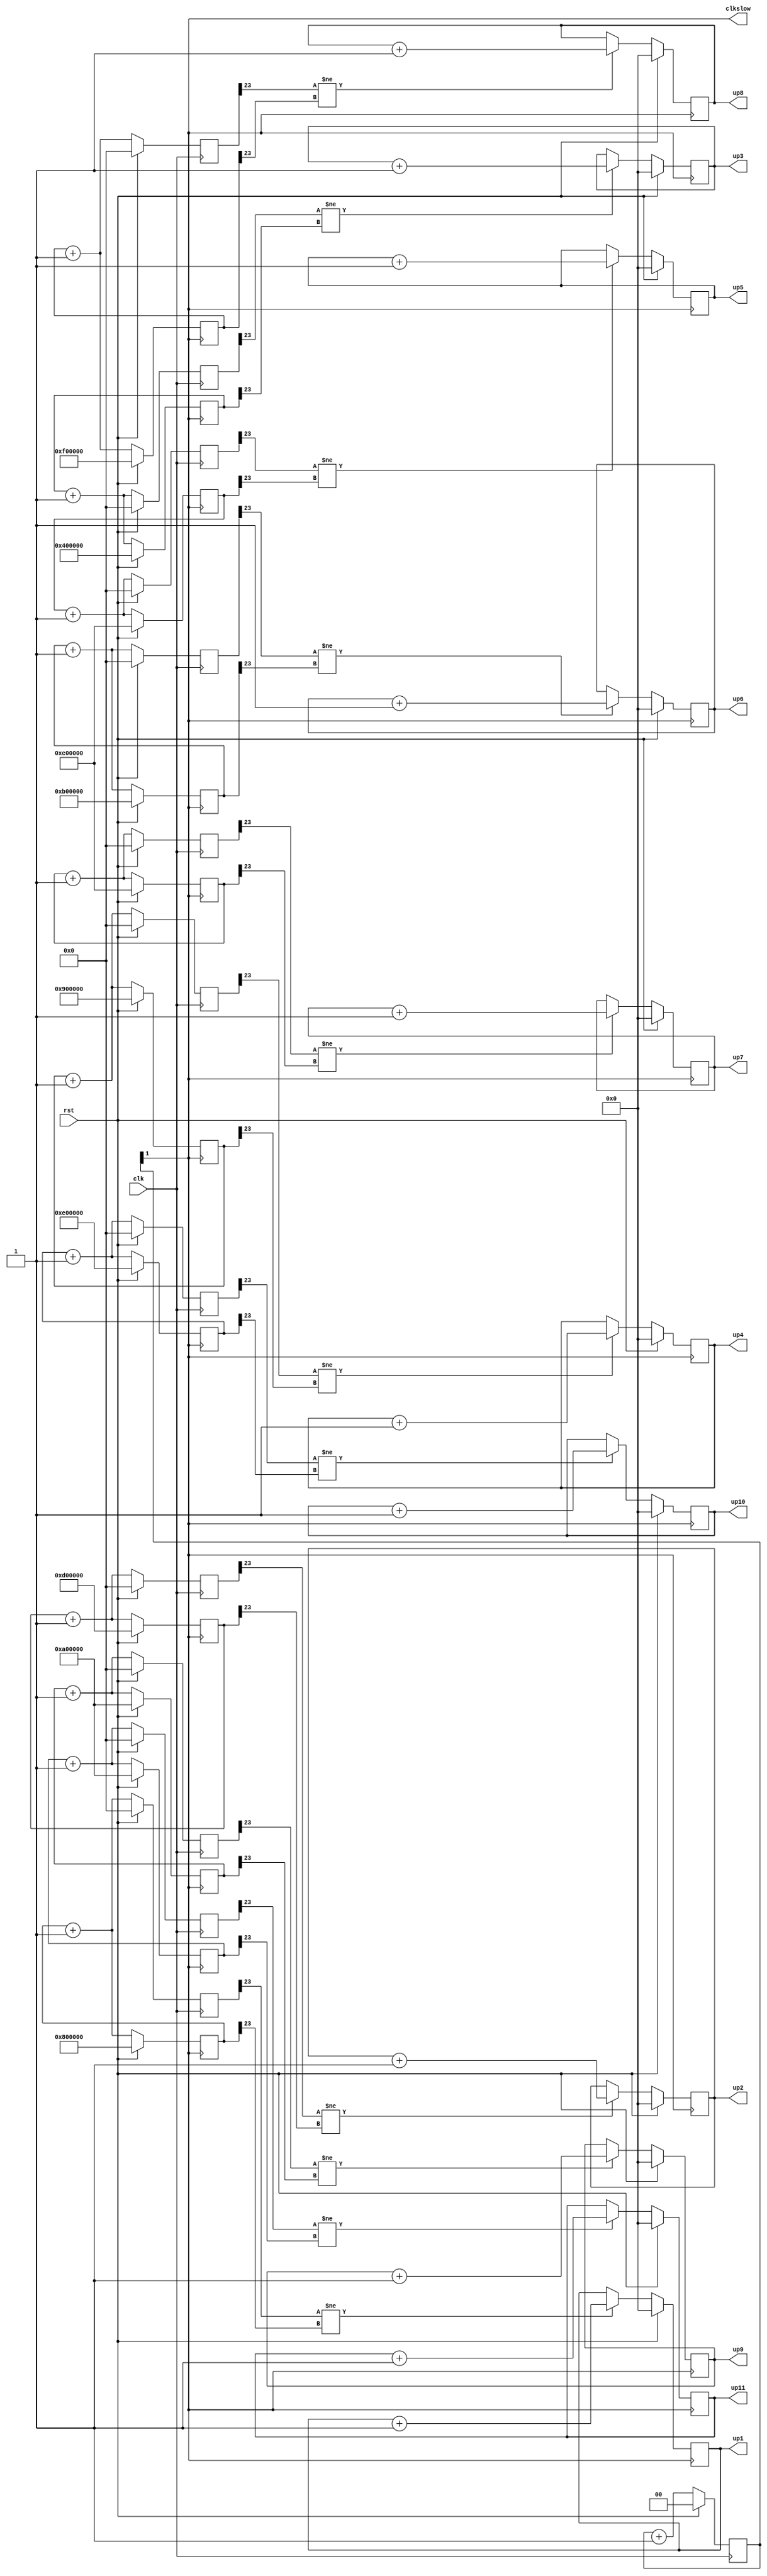
/*
   This file was generated automatically by the Mojo IDE version B1.3.6.
   Do not edit this file directly. Instead edit the original Lucid source.
   This is a temporary file and any changes made to it will be destroyed.
*/

module timer_easy_7 (
    input clk,
    input rst,
    output reg [6:0] up1,
    output reg [6:0] up2,
    output reg [6:0] up3,
    output reg [6:0] up4,
    output reg [6:0] up5,
    output reg [6:0] up6,
    output reg [6:0] up7,
    output reg [6:0] up8,
    output reg [6:0] up9,
    output reg [6:0] up10,
    output reg [6:0] up11,
    output reg clkslow
  );
  
  
  
  reg [1:0] M_slowclk_d, M_slowclk_q = 1'h0;
  
  reg [23:0] M_counter1_d, M_counter1_q = 24'h800000;
  
  reg [23:0] M_counter2_d, M_counter2_q = 24'hd00000;
  
  reg [23:0] M_counter3_d, M_counter3_q = 24'h400000;
  
  reg [23:0] M_counter4_d, M_counter4_q = 24'h900000;
  
  reg [23:0] M_counter5_d, M_counter5_q = 24'hc00000;
  
  reg [23:0] M_counter6_d, M_counter6_q = 24'hb00000;
  
  reg [23:0] M_counter7_d, M_counter7_q = 88'hc69d452e88c9cc98c00000;
  
  reg [23:0] M_counter8_d, M_counter8_q = 24'hf00000;
  
  reg [23:0] M_counter9_d, M_counter9_q = 24'ha00000;
  
  reg [23:0] M_counter10_d, M_counter10_q = 24'he00000;
  
  reg [23:0] M_counter11_d, M_counter11_q = 24'ha00000;
  
  reg [6:0] M_dff1_d, M_dff1_q = 6'h00;
  
  reg [6:0] M_dff2_d, M_dff2_q = 6'h00;
  
  reg [6:0] M_dff3_d, M_dff3_q = 6'h00;
  
  reg [6:0] M_dff4_d, M_dff4_q = 6'h00;
  
  reg [6:0] M_dff5_d, M_dff5_q = 6'h00;
  
  reg [6:0] M_dff6_d, M_dff6_q = 6'h00;
  
  reg [6:0] M_dff7_d, M_dff7_q = 6'h00;
  
  reg [6:0] M_dff8_d, M_dff8_q = 6'h00;
  
  reg [6:0] M_dff9_d, M_dff9_q = 6'h00;
  
  reg [6:0] M_dff10_d, M_dff10_q = 6'h00;
  
  reg [6:0] M_dff11_d, M_dff11_q = 6'h00;
  
  reg [23:0] M_holder1_d, M_holder1_q = 1'h0;
  
  reg [23:0] M_holder2_d, M_holder2_q = 1'h0;
  
  reg [23:0] M_holder3_d, M_holder3_q = 1'h0;
  
  reg [23:0] M_holder4_d, M_holder4_q = 1'h0;
  
  reg [23:0] M_holder5_d, M_holder5_q = 1'h0;
  
  reg [23:0] M_holder6_d, M_holder6_q = 1'h0;
  
  reg [23:0] M_holder7_d, M_holder7_q = 1'h0;
  
  reg [23:0] M_holder8_d, M_holder8_q = 1'h0;
  
  reg [23:0] M_holder9_d, M_holder9_q = 1'h0;
  
  reg [23:0] M_holder10_d, M_holder10_q = 1'h0;
  
  reg [23:0] M_holder11_d, M_holder11_q = 1'h0;
  
  always @* begin
    M_dff4_d = M_dff4_q;
    M_dff5_d = M_dff5_q;
    M_counter8_d = M_counter8_q;
    M_dff6_d = M_dff6_q;
    M_counter9_d = M_counter9_q;
    M_dff7_d = M_dff7_q;
    M_counter6_d = M_counter6_q;
    M_dff8_d = M_dff8_q;
    M_counter7_d = M_counter7_q;
    M_dff9_d = M_dff9_q;
    M_counter4_d = M_counter4_q;
    M_counter5_d = M_counter5_q;
    M_counter2_d = M_counter2_q;
    M_counter3_d = M_counter3_q;
    M_counter1_d = M_counter1_q;
    M_holder2_d = M_holder2_q;
    M_holder3_d = M_holder3_q;
    M_counter11_d = M_counter11_q;
    M_holder1_d = M_holder1_q;
    M_counter10_d = M_counter10_q;
    M_holder8_d = M_holder8_q;
    M_holder11_d = M_holder11_q;
    M_holder9_d = M_holder9_q;
    M_holder6_d = M_holder6_q;
    M_dff1_d = M_dff1_q;
    M_holder7_d = M_holder7_q;
    M_holder10_d = M_holder10_q;
    M_holder4_d = M_holder4_q;
    M_dff3_d = M_dff3_q;
    M_holder5_d = M_holder5_q;
    M_dff2_d = M_dff2_q;
    M_slowclk_d = M_slowclk_q;
    M_dff11_d = M_dff11_q;
    M_dff10_d = M_dff10_q;
    
    M_holder1_d = M_counter1_q + 1'h1;
    if (M_holder1_q[23+0-:1] != M_counter1_q[23+0-:1]) begin
      M_dff1_d = M_dff1_q + 1'h1;
    end
    M_holder2_d = M_counter2_q + 1'h1;
    if (M_holder2_q[23+0-:1] != M_counter2_q[23+0-:1]) begin
      M_dff2_d = M_dff2_q + 1'h1;
    end
    M_holder3_d = M_counter3_q + 1'h1;
    if (M_holder3_q[23+0-:1] != M_counter3_q[23+0-:1]) begin
      M_dff3_d = M_dff3_q + 1'h1;
    end
    M_holder4_d = M_counter4_q + 1'h1;
    if (M_holder4_q[23+0-:1] != M_counter4_q[23+0-:1]) begin
      M_dff4_d = M_dff4_q + 1'h1;
    end
    M_holder5_d = M_counter5_q + 1'h1;
    if (M_holder5_q[23+0-:1] != M_counter5_q[23+0-:1]) begin
      M_dff5_d = M_dff5_q + 1'h1;
    end
    M_holder6_d = M_counter6_q + 1'h1;
    if (M_holder6_q[23+0-:1] != M_counter6_q[23+0-:1]) begin
      M_dff6_d = M_dff6_q + 1'h1;
    end
    M_holder7_d = M_counter7_q + 1'h1;
    if (M_holder7_q[23+0-:1] != M_counter7_q[23+0-:1]) begin
      M_dff7_d = M_dff7_q + 1'h1;
    end
    M_holder8_d = M_counter8_q + 1'h1;
    if (M_holder8_q[23+0-:1] != M_counter8_q[23+0-:1]) begin
      M_dff8_d = M_dff8_q + 1'h1;
    end
    M_holder9_d = M_counter9_q + 1'h1;
    if (M_holder9_q[23+0-:1] != M_counter9_q[23+0-:1]) begin
      M_dff9_d = M_dff9_q + 1'h1;
    end
    M_holder10_d = M_counter10_q + 1'h1;
    if (M_holder10_q[23+0-:1] != M_counter10_q[23+0-:1]) begin
      M_dff10_d = M_dff10_q + 1'h1;
    end
    M_holder11_d = M_counter11_q + 1'h1;
    if (M_holder11_q[23+0-:1] != M_counter11_q[23+0-:1]) begin
      M_dff11_d = M_dff11_q + 1'h1;
    end
    M_counter1_d = M_counter1_q + 1'h1;
    M_counter2_d = M_counter2_q + 1'h1;
    M_counter3_d = M_counter3_q + 1'h1;
    M_counter4_d = M_counter4_q + 1'h1;
    M_counter5_d = M_counter5_q + 1'h1;
    M_counter6_d = M_counter6_q + 1'h1;
    M_counter7_d = M_counter7_q + 1'h1;
    M_counter8_d = M_counter8_q + 1'h1;
    M_counter9_d = M_counter9_q + 1'h1;
    M_counter10_d = M_counter10_q + 1'h1;
    M_counter11_d = M_counter11_q + 1'h1;
    up1 = M_dff1_q;
    up2 = M_dff2_q;
    up3 = M_dff3_q;
    up4 = M_dff4_q;
    up5 = M_dff5_q;
    up6 = M_dff6_q;
    up7 = M_dff7_q;
    up8 = M_dff8_q;
    up9 = M_dff9_q;
    up10 = M_dff10_q;
    up11 = M_dff11_q;
    M_slowclk_d = M_slowclk_q + 1'h1;
    clkslow = M_slowclk_q[1+0-:1];
  end
  
  always @(posedge M_slowclk_q[1+0-:1]) begin
    if (rst == 1'b1) begin
      M_dff2_q <= 6'h00;
    end else begin
      M_dff2_q <= M_dff2_d;
    end
  end
  
  
  always @(posedge M_slowclk_q[1+0-:1]) begin
    if (rst == 1'b1) begin
      M_dff5_q <= 6'h00;
    end else begin
      M_dff5_q <= M_dff5_d;
    end
  end
  
  
  always @(posedge clk) begin
    if (rst == 1'b1) begin
      M_holder1_q <= 1'h0;
    end else begin
      M_holder1_q <= M_holder1_d;
    end
  end
  
  
  always @(posedge clk) begin
    if (rst == 1'b1) begin
      M_holder9_q <= 1'h0;
    end else begin
      M_holder9_q <= M_holder9_d;
    end
  end
  
  
  always @(posedge M_slowclk_q[1+0-:1]) begin
    if (rst == 1'b1) begin
      M_counter2_q <= 24'hd00000;
    end else begin
      M_counter2_q <= M_counter2_d;
    end
  end
  
  
  always @(posedge M_slowclk_q[1+0-:1]) begin
    if (rst == 1'b1) begin
      M_counter10_q <= 24'he00000;
    end else begin
      M_counter10_q <= M_counter10_d;
    end
  end
  
  
  always @(posedge M_slowclk_q[1+0-:1]) begin
    if (rst == 1'b1) begin
      M_dff1_q <= 6'h00;
    end else begin
      M_dff1_q <= M_dff1_d;
    end
  end
  
  
  always @(posedge M_slowclk_q[1+0-:1]) begin
    if (rst == 1'b1) begin
      M_counter6_q <= 24'hb00000;
    end else begin
      M_counter6_q <= M_counter6_d;
    end
  end
  
  
  always @(posedge clk) begin
    if (rst == 1'b1) begin
      M_holder6_q <= 1'h0;
    end else begin
      M_holder6_q <= M_holder6_d;
    end
  end
  
  
  always @(posedge M_slowclk_q[1+0-:1]) begin
    if (rst == 1'b1) begin
      M_counter9_q <= 24'ha00000;
    end else begin
      M_counter9_q <= M_counter9_d;
    end
  end
  
  
  always @(posedge clk) begin
    if (rst == 1'b1) begin
      M_holder11_q <= 1'h0;
    end else begin
      M_holder11_q <= M_holder11_d;
    end
  end
  
  
  always @(posedge M_slowclk_q[1+0-:1]) begin
    if (rst == 1'b1) begin
      M_dff4_q <= 6'h00;
    end else begin
      M_dff4_q <= M_dff4_d;
    end
  end
  
  
  always @(posedge M_slowclk_q[1+0-:1]) begin
    if (rst == 1'b1) begin
      M_counter8_q <= 24'hf00000;
    end else begin
      M_counter8_q <= M_counter8_d;
    end
  end
  
  
  always @(posedge M_slowclk_q[1+0-:1]) begin
    if (rst == 1'b1) begin
      M_dff7_q <= 6'h00;
    end else begin
      M_dff7_q <= M_dff7_d;
    end
  end
  
  
  always @(posedge clk) begin
    if (rst == 1'b1) begin
      M_holder3_q <= 1'h0;
    end else begin
      M_holder3_q <= M_holder3_d;
    end
  end
  
  
  always @(posedge M_slowclk_q[1+0-:1]) begin
    if (rst == 1'b1) begin
      M_counter4_q <= 24'h900000;
    end else begin
      M_counter4_q <= M_counter4_d;
    end
  end
  
  
  always @(posedge M_slowclk_q[1+0-:1]) begin
    if (rst == 1'b1) begin
      M_counter7_q <= 88'hc69d452e88c9cc98c00000;
    end else begin
      M_counter7_q <= M_counter7_d;
    end
  end
  
  
  always @(posedge clk) begin
    if (rst == 1'b1) begin
      M_slowclk_q <= 1'h0;
    end else begin
      M_slowclk_q <= M_slowclk_d;
    end
  end
  
  
  always @(posedge clk) begin
    if (rst == 1'b1) begin
      M_holder7_q <= 1'h0;
    end else begin
      M_holder7_q <= M_holder7_d;
    end
  end
  
  
  always @(posedge M_slowclk_q[1+0-:1]) begin
    if (rst == 1'b1) begin
      M_counter1_q <= 24'h800000;
    end else begin
      M_counter1_q <= M_counter1_d;
    end
  end
  
  
  always @(posedge clk) begin
    if (rst == 1'b1) begin
      M_holder8_q <= 1'h0;
    end else begin
      M_holder8_q <= M_holder8_d;
    end
  end
  
  
  always @(posedge clk) begin
    if (rst == 1'b1) begin
      M_holder5_q <= 1'h0;
    end else begin
      M_holder5_q <= M_holder5_d;
    end
  end
  
  
  always @(posedge M_slowclk_q[1+0-:1]) begin
    if (rst == 1'b1) begin
      M_dff10_q <= 6'h00;
    end else begin
      M_dff10_q <= M_dff10_d;
    end
  end
  
  
  always @(posedge M_slowclk_q[1+0-:1]) begin
    if (rst == 1'b1) begin
      M_counter11_q <= 24'ha00000;
    end else begin
      M_counter11_q <= M_counter11_d;
    end
  end
  
  
  always @(posedge M_slowclk_q[1+0-:1]) begin
    if (rst == 1'b1) begin
      M_dff6_q <= 6'h00;
    end else begin
      M_dff6_q <= M_dff6_d;
    end
  end
  
  
  always @(posedge clk) begin
    if (rst == 1'b1) begin
      M_holder4_q <= 1'h0;
    end else begin
      M_holder4_q <= M_holder4_d;
    end
  end
  
  
  always @(posedge M_slowclk_q[1+0-:1]) begin
    if (rst == 1'b1) begin
      M_counter3_q <= 24'h400000;
    end else begin
      M_counter3_q <= M_counter3_d;
    end
  end
  
  
  always @(posedge M_slowclk_q[1+0-:1]) begin
    if (rst == 1'b1) begin
      M_dff8_q <= 6'h00;
    end else begin
      M_dff8_q <= M_dff8_d;
    end
  end
  
  
  always @(posedge clk) begin
    if (rst == 1'b1) begin
      M_holder10_q <= 1'h0;
    end else begin
      M_holder10_q <= M_holder10_d;
    end
  end
  
  
  always @(posedge M_slowclk_q[1+0-:1]) begin
    if (rst == 1'b1) begin
      M_dff9_q <= 6'h00;
    end else begin
      M_dff9_q <= M_dff9_d;
    end
  end
  
  
  always @(posedge M_slowclk_q[1+0-:1]) begin
    if (rst == 1'b1) begin
      M_counter5_q <= 24'hc00000;
    end else begin
      M_counter5_q <= M_counter5_d;
    end
  end
  
  
  always @(posedge clk) begin
    if (rst == 1'b1) begin
      M_holder2_q <= 1'h0;
    end else begin
      M_holder2_q <= M_holder2_d;
    end
  end
  
  
  always @(posedge M_slowclk_q[1+0-:1]) begin
    if (rst == 1'b1) begin
      M_dff3_q <= 6'h00;
    end else begin
      M_dff3_q <= M_dff3_d;
    end
  end
  
  
  always @(posedge M_slowclk_q[1+0-:1]) begin
    if (rst == 1'b1) begin
      M_dff11_q <= 6'h00;
    end else begin
      M_dff11_q <= M_dff11_d;
    end
  end
  
endmodule